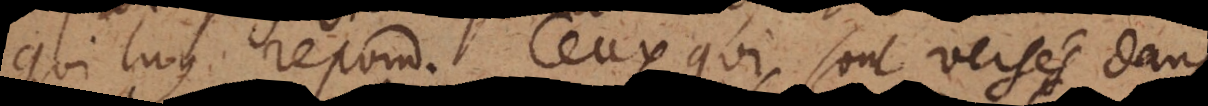
est luy repond. Ceux qui sont versés dans